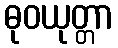
ဓုဝယုတ္တာ